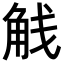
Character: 𬢕